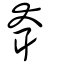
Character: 耷